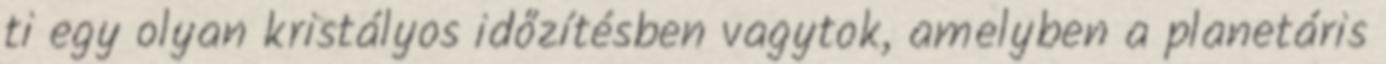
ti egy olyan kristályos időzítésben vagytok, amelyben a planetáris